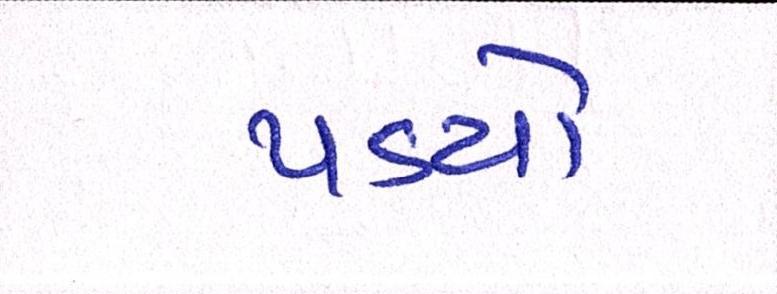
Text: પડયો